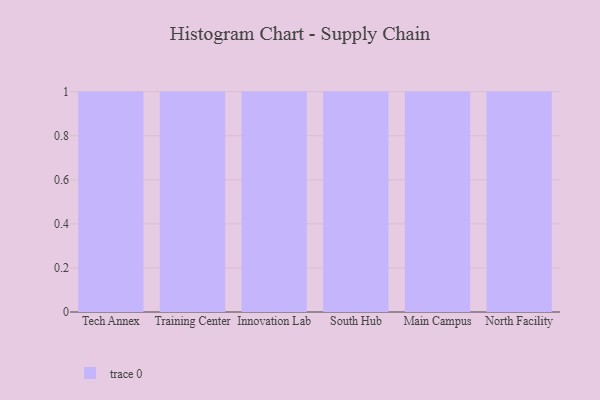
{"axis": {"x": "Campus", "y": "Gross Profit (USD K)"}, "legend": [""], "data": [{"x": "Tech Annex", "y": 81, "type": ""}, {"x": "Training Center", "y": 100, "type": ""}, {"x": "Innovation Lab", "y": 78, "type": ""}, {"x": "South Hub", "y": 100, "type": ""}, {"x": "Main Campus", "y": 66, "type": ""}, {"x": "North Facility", "y": 84, "type": ""}]}